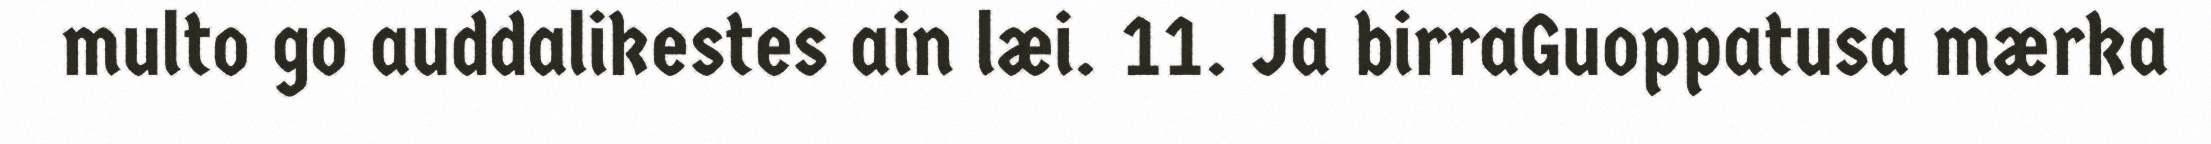
multo go auddalikestes ain læi. 11. Ja birraGuoppatusa mærka